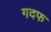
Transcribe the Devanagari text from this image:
गदफ